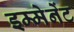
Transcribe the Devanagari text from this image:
इम्मेनेंट